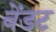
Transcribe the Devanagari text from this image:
वेंडट